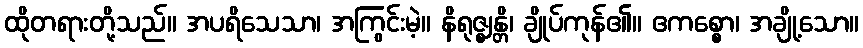
ထိုတရားတို့သည်။ အပရိသေသာ၊ အကြွင်းမဲ့။ နိရုဇ္ဈန္တိ၊ ချိုပ်ကုန်၏။ ဧကစ္စော၊ အချို့သော။